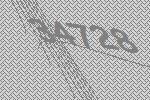
34728